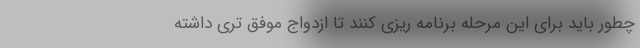
چطور باید برای این مرحله برنامه ریزی کنند تا ازدواج موفق تری داشته